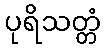
ပုရိသတ္တံ